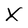
Character: x